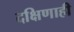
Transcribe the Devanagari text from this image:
दक्षिणाही